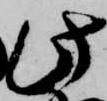
此